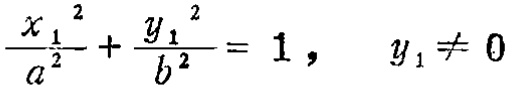
\frac{x_{1}^{2}}{a^{2}}+\frac{y_{1}^{2}}{b^{2}} = 1, \quad y_{1} \neq 0